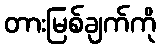
တားမြစ်ချက်ကို